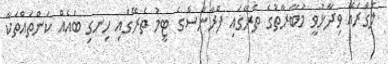
ލެގްރައޭ ވިދާޅުވީ މުބާރާތުގެ ތެރޭގައި ފްރާންސްގެ ޓީމު ތެރޭގައި ހިނގި ބައެއް ކަންތައްތަކާ